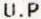
U.P